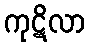
ကုဋိလာ